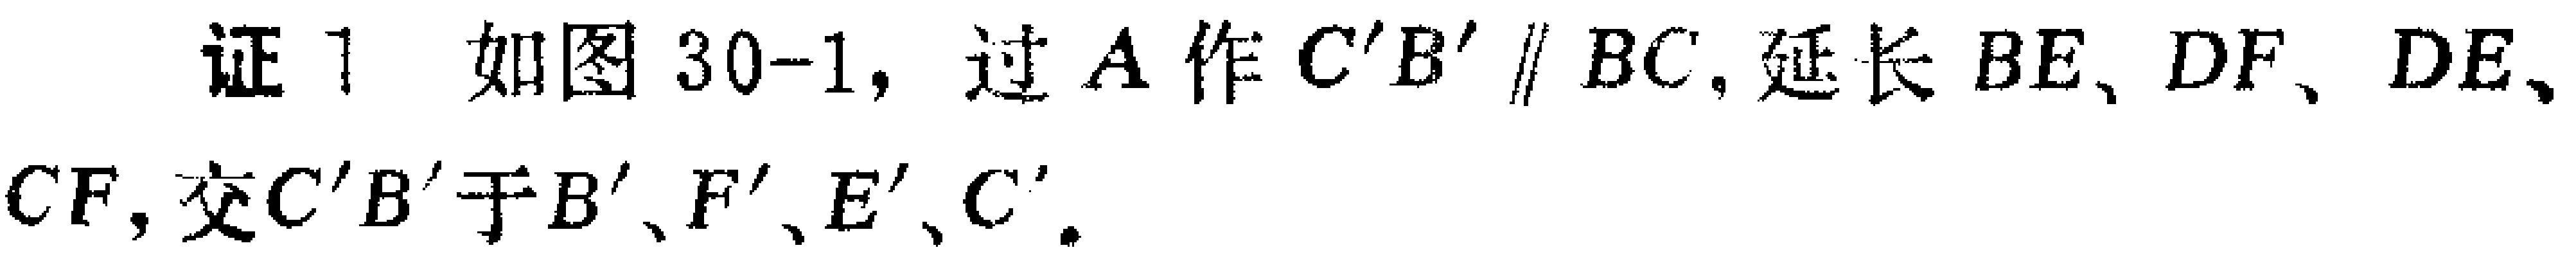
证 1 如图 30-1, 过 \(A\) 作 \(C'B'\parallel BC\), 延长 \(BE\)、\(DF\)、\(DE\)、\(CF\), 交 \(C'B'\) 于 \(B'\)、\(F'\)、\(E'\)、\(C'\).